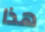
هذا